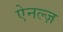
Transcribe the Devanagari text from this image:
ऐनल्ज़